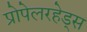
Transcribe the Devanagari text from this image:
प्रोपेलरहेड्स